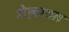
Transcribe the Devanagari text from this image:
शेख़ावत